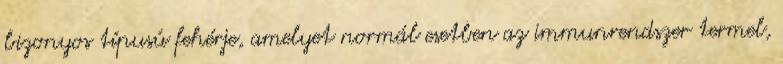
bizonyos típusú fehérje, amelyet normál esetben az immunrendszer termel,